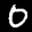
Label: 0